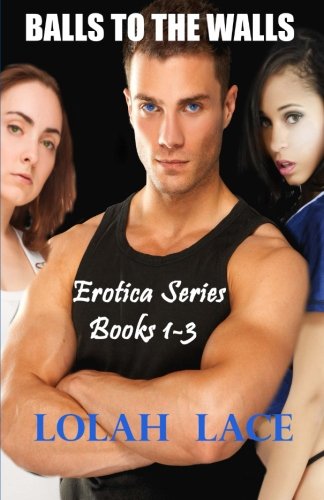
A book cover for Balls To The Walls Erotica Series Books 1-3; Lolah Lace; Romance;